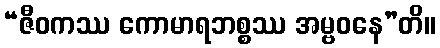
“ဇီဝကဿ ကောမာရဘစ္စဿ အမ္ဗဝနေ”တိ။